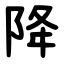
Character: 降